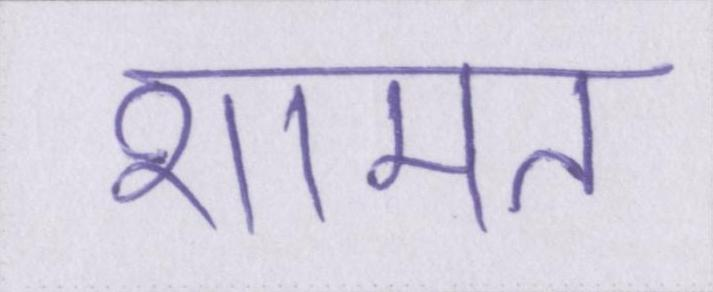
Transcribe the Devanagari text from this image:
शामत